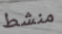
منشط